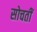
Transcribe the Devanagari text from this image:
सोचतीं